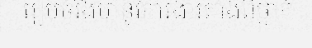
រៀបចំរឹងមាំនូវការងារតាំងពីថ្នាក់